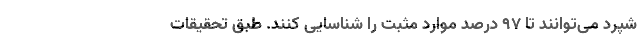
شپرد می‌توانند تا ۹۷ درصد موارد مثبت را شناسایی کنند. طبق تحقیقات